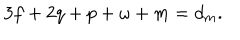
3 f + 2 q + p + \omega + m = d _ { m } .